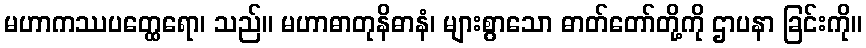
မဟာကဿပတ္ထေရော၊ သည်။ မဟာဓာတုနိဓာနံ၊ များစွာသော ဓာတ်တော်တို့ကို ဌာပနာ ခြင်းကို။